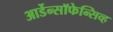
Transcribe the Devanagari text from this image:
आर्डेन्सॉफेन्सिव्ह